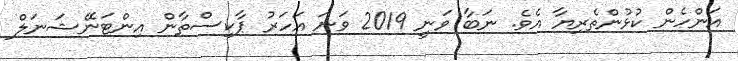
އަންހެން ކުޅުންތެރިޔާ އެވެ. ނަބާ ވަނީ 2019 ވަނަ އަހަރު ޕާކިސްތާން އިންޓަނޭޝަނަލް